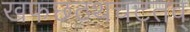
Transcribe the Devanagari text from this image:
खफछठथचटतव्